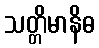
သတ္တိမာနိဓ